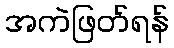
အကဲဖြတ်ရန်